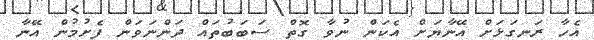
އެހާ ރަނގަޅަށް އޭނާޔަށް އެކަން ނުވާ ގޮތް ސަބަބުތައް ދަންނަވަން ފެށުމުން އޭނާ